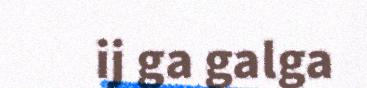
ij ga galga